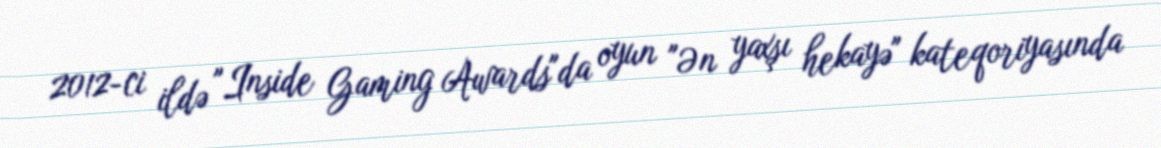
2012-ci ildə "Inside Gaming Awards"da oyun "Ən yaxşı hekayə" kateqoriyasında